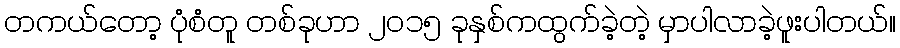
တကယ်တော့ ပုံစံတူ တစ်ခုဟာ ၂၀၁၅ ခုနှစ်ကထွက်ခဲ့တဲ့ မှာပါလာခဲ့ဖူးပါတယ်။